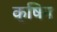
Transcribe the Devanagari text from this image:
क्षिन